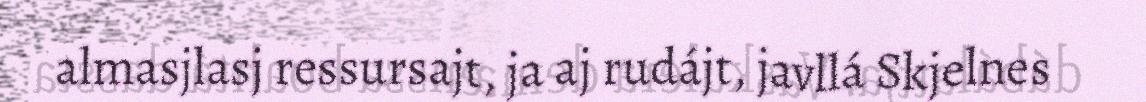
almasjlasj ressursajt, ja aj rudájt, javllá Skjelnes